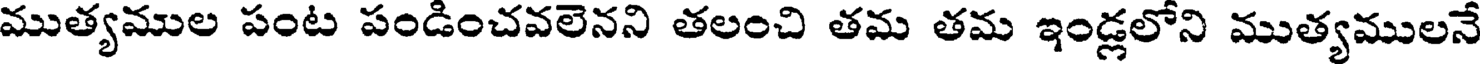
ముత్యముల పంట పండించవలెనని తలంచి తమ తమ ఇండ్లలోని ముత్యములనే